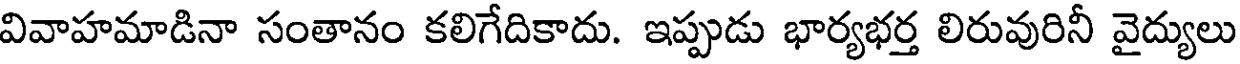
వివాహమాడినా సంతానం కలిగేదికాదు. ఇప్పుడు భార్యభర్త లిరువురినీ వైద్యులు